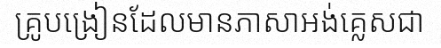
គ្រូបង្រៀនដែលមានភាសាអង់គ្លេសជា